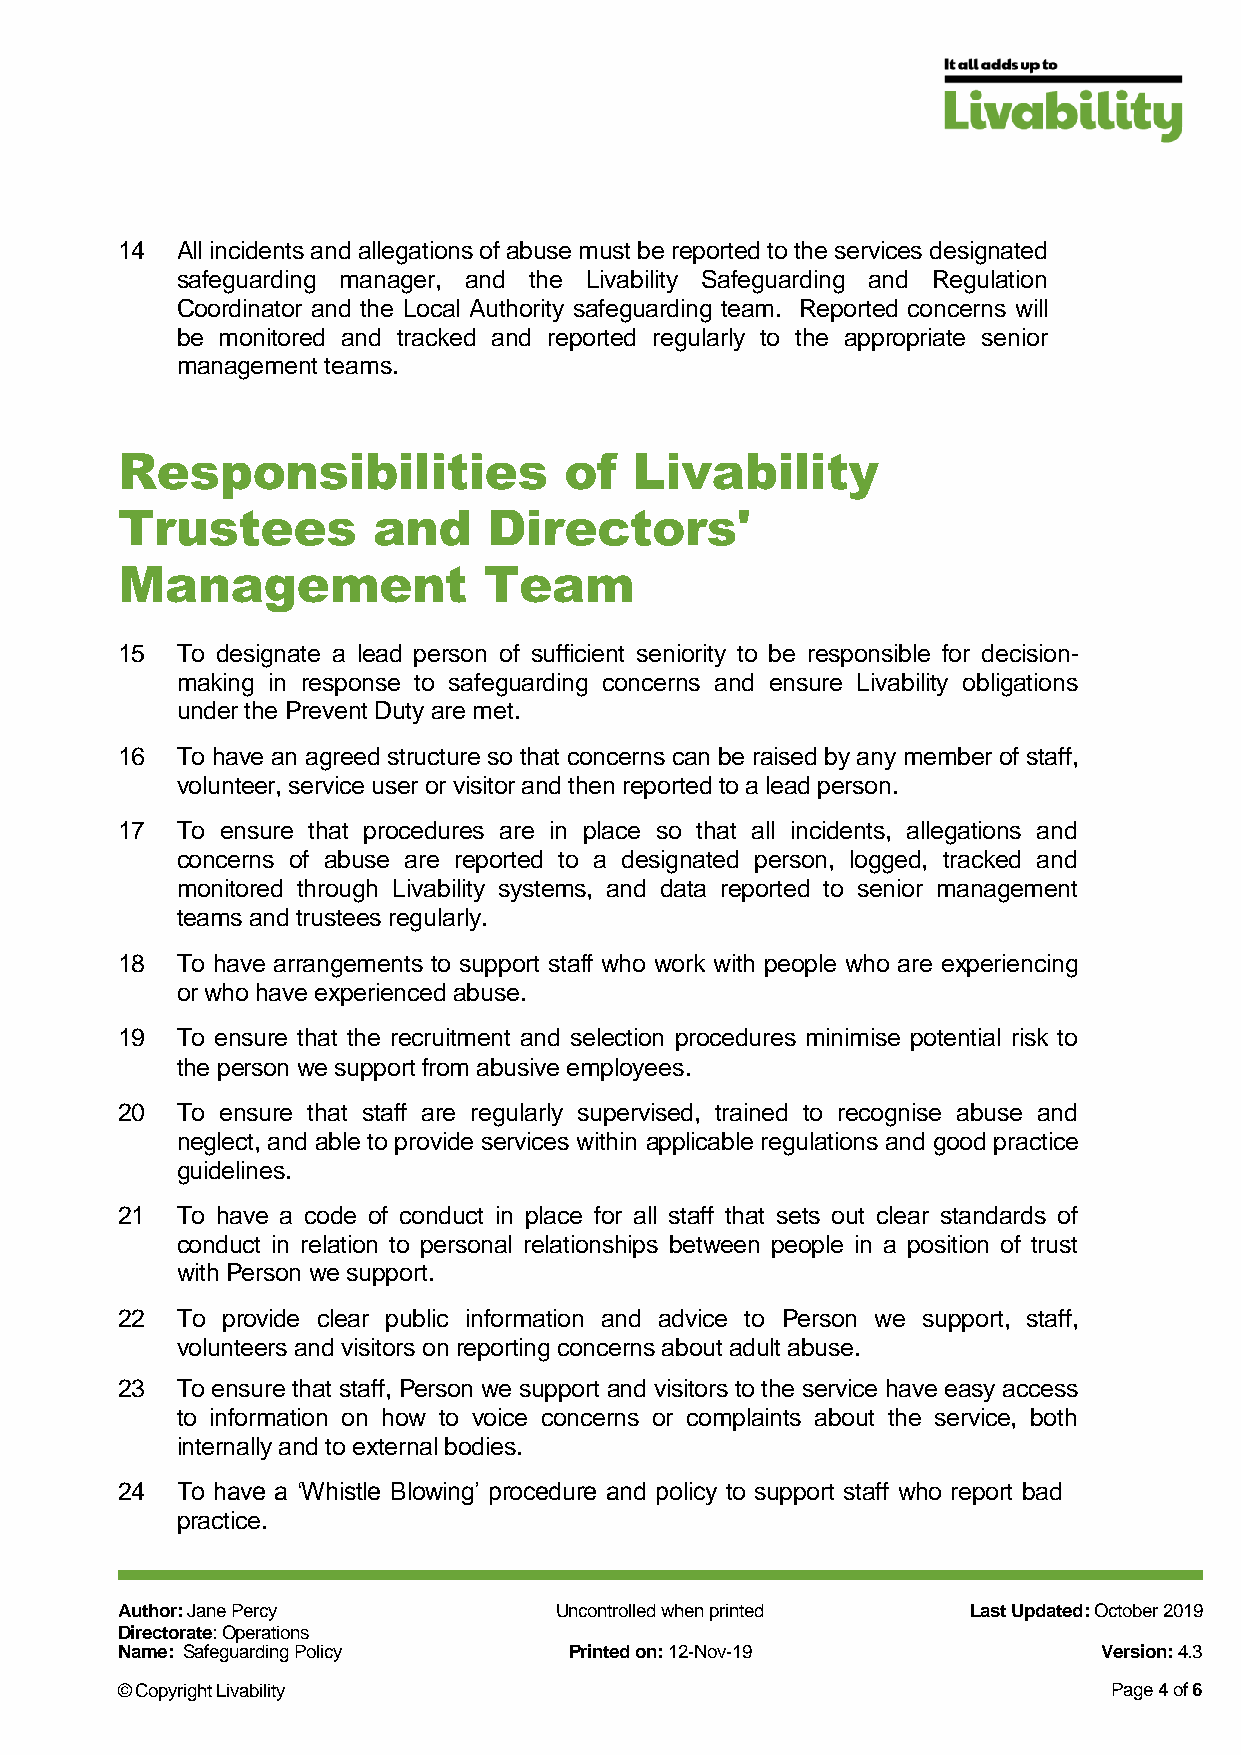
14  All incidents and allegations of abuse must be reported to the services designated
 safeguarding manager, and the Livability Safeguarding and Regulation
 Coordinator and the Local Authority safeguarding team. Reported concerns will
 be monitored and tracked and reported regularly to the appropriate senior
 management teams.
 Responsibilities             of   Livability
 Trustees         and    Directors'
 Management              Team
 15  To designate a lead person of sufficient seniority to be responsible for decision-
 making in response to safeguarding concerns and ensure Livability obligations
 under the Prevent Duty are met.
 16  To have an agreed structure so that concerns can be raised by any member of staff,
 volunteer, service user or visitor and then reported to a lead person.
 17  To ensure that procedures are in place so that all incidents, allegations and
 concerns of abuse are reported to a designated person, logged, tracked and
 monitored through Livability systems, and data reported to senior management
 teams and trustees regularly.
 18  To have arrangements to support staff who work with people who are experiencing
 or who have experienced abuse.
 19  To ensure that the recruitment and selection procedures minimise potential risk to
 the person we support from abusive employees.
 20  To ensure that staff are regularly supervised, trained to recognise abuse and
 neglect, and able to provide services within applicable regulations and good practice
 guidelines.
 21  To have a code of conduct in place for all staff that sets out clear standards of
 conduct in relation to personal relationships between people in a position of trust
 with Person we support.
 22  To provide clear public information and advice to Person we support, staff,
 volunteers and visitors on reporting concerns about adult abuse.
 23  To ensure that staff, Person we support and visitors to the service have easy access
 to information on how to voice concerns or complaints about the service, both
 internally and to external bodies.
 24  To have a ‘Whistle Blowing’ procedure and policy to support staff who report bad
 practice.
 Author: Jane Percy           Uncontrolled when printed  Last Updated: October 2019
 Directorate: Operations
 Name: Safeguarding Policy     Printed on: 12-Nov-19              Version: 4.3
 © Copyright Livability                                            Page 4 of 6